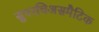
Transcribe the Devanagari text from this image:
सुपरचिअसमैटिक